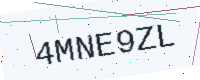
Text: 4MNE9ZL